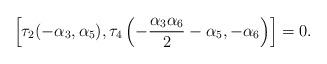
LaTeX: \begin{align*}\left[\tau_2(-\alpha_3,\alpha_5),\tau_{4}\left(-\frac{\alpha_{3}\alpha_{6}}{2}-\alpha_{5},-\alpha_{6}\right)\right] = 0.\end{align*}